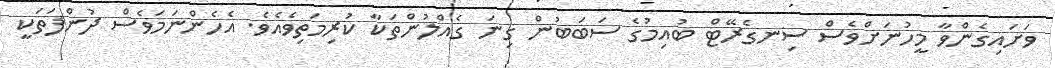
ވަށައިގެންވާ މީހުނަށްވެސް ސިނގެރޭޓް ބުއިމުގެ ސަބަބުން ގިނަ ގެއްލުންތަކާާ ކުރިމަތިވެއެވެ. އެހެންނަމަވެސް ދުންފަތަކީ